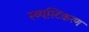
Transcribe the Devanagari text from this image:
स्ष्पस्टिकरण